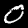
Digit: 0